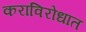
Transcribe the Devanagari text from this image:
कराविरोधात